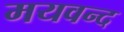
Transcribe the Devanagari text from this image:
मयवन्द